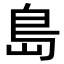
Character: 島